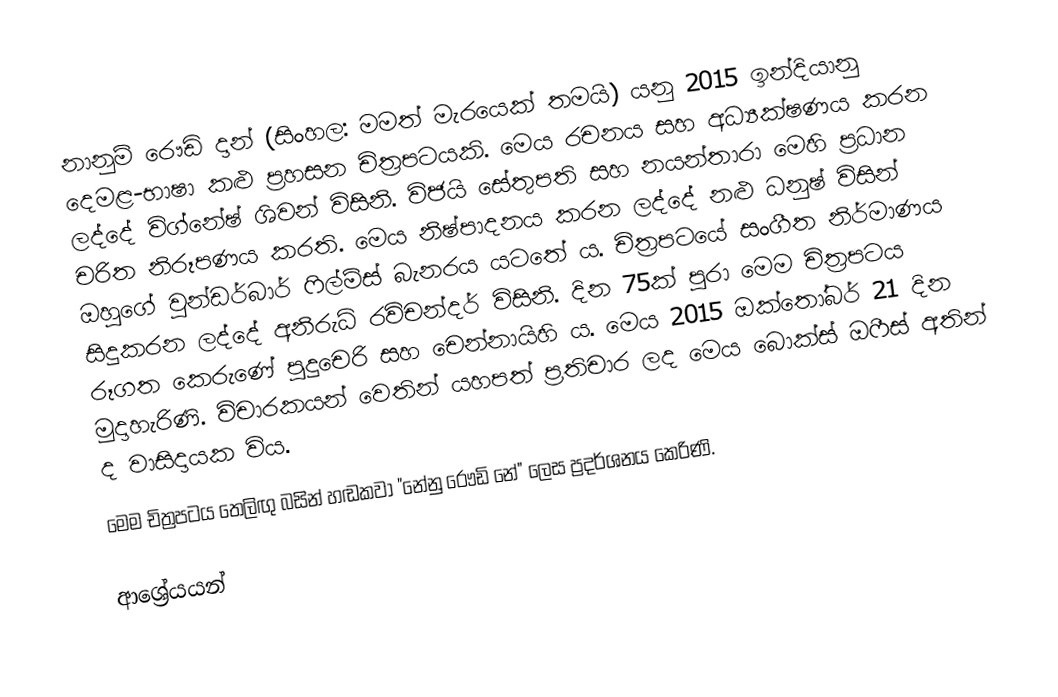
නානුම් රෞඩි දාන් (සිංහල: මමත් මැරයෙක් තමයි) යනු 2015 ඉන්දියානු දෙමළ-භාෂා කළු ප්‍රහසන චිත්‍රපටයකි. මෙය රචනය සහ අධ්‍යක්ෂණය කරන ලද්දේ විග්නේෂ් ශිවන් විසිනි. විජයි සේතුපති සහ නයන්තාරා මෙහි ප්‍රධාන චරිත නිරූපණය කරති. මෙය නිෂ්පාදනය කරන ලද්දේ නළු ධනුෂ් විසින් ඔහුගේ වුන්ඩර්බාර් ෆිල්ම්ස් බැනරය යටතේ ය. චිත්‍රපටයේ සංගීත නිර්මාණය සිදුකරන ලද්දේ අනිරුධ් රවිචන්දර් විසිනි. දින 75ක් පුරා මෙම චිත්‍රපටය රූගත කෙරුණේ පුදුචෙරි සහ චෙන්නායිහි  ය. මෙය 2015 ඔක්තෝබර් 21 දින මුදාහැරිණි. විචාරකයන් වෙතින් යහපත් ප්‍රතිචාර ලද මෙය බොක්ස් ඔෆීස් අතින් ද වාසිදායක විය.
මෙම චිත්‍රපටය තෙලිඟු බසින් හඬකවා "නේනු රෞඩි නේ" ලෙස ප්‍රදර්ශනය කෙරිණි.

ආශ්‍රේයයන්